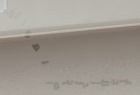
تأجير الدراجات الهوائية ل